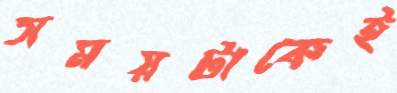
সময়টাকেই